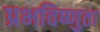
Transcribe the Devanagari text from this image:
प्रभविष्णुता